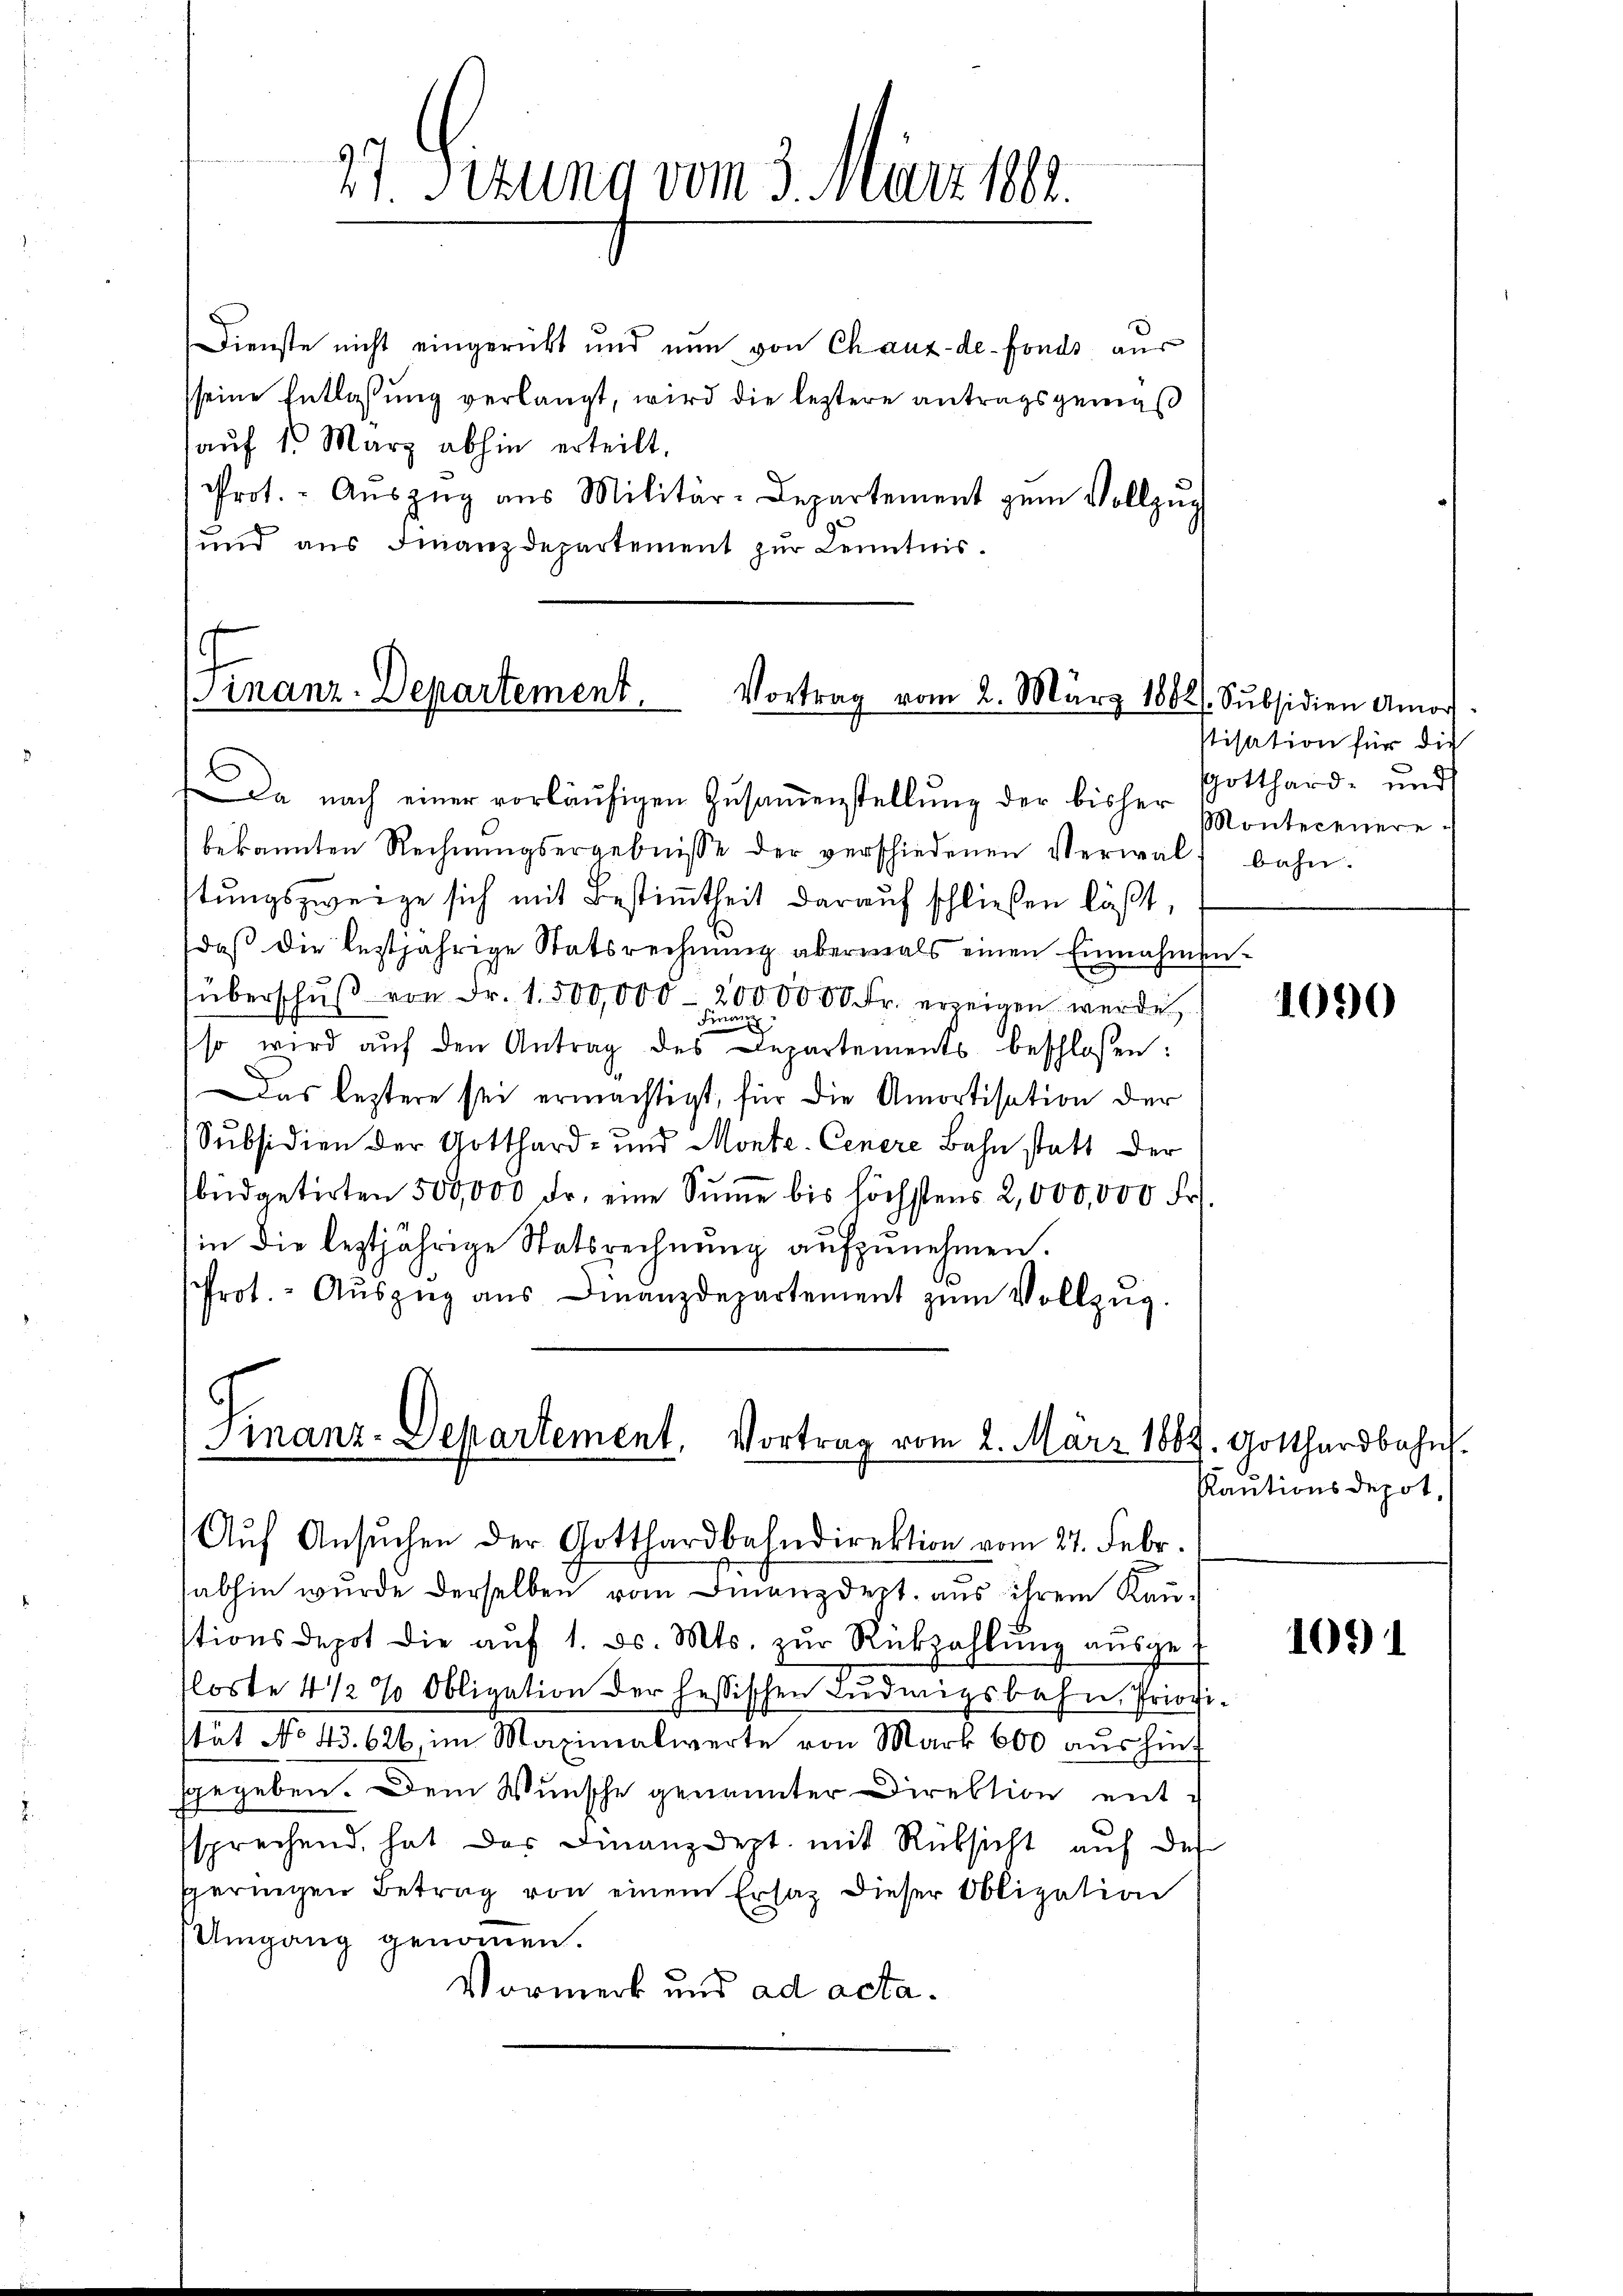
Dienste nicht eingerückt und nun von Chaux-de-Fonds aus
seine Entlaßung verlangt, wird die leztere antragsgemäß
auf 1. März abhin erteilt.
Prot. - Aŭszŭg aŭs Militär-Departement zŭm Vollzŭg
und aus Finanzdepartement zŭr Kenntnis.

37. Sitzung vom 3. März 1891.

Finanz-Departement. Vortrag vom 2. März 1882/. Subsidien Amor

Da nach einer vorläŭfigen Zŭsaṁenstellung der bisher
bekannten Rechnŭngsergebnisse der verschiedenen Verwalt bahn-
stŭngszweige sich mit Bestimmtheit darauf schließen läßt,
daß die leztjährige Statsrechnung abermals einen Einnahmenüberschŭβ von Fr. 1. 500,000, 2000000 Fr. erzeigen werde
Finanz
so wird aŭf den Antrag des Departements beschlossen:
as leztere sei ermächtigt, für die Amortisation der
Subsidien der Gotthard- und Monte-Cenere Bahn statt der
büdgetirten 500,000 Fr. eine Summe bis höchstens 2,000,000 Fr.
in die leztjährige Statsrechnung aufzunehmen.
Prot. - Auszug aus Finanzdepartement zum Vollzug.

Finanz-Departement, Vortrag vom 2. März 1889. Gotthardbahn

Aŭf Ansuchen der Gotthardbahndirektion vom 27. Febr.
abhin wurde derselben vom Finanzdect, aus ihrem Kaustionsdepot die aŭf 1. d. Mts. zŭr Rückzahlŭng aŭsge-
floste 4 1/2 % Obligation der hessischen Ludwigsbahn Priofistät No 43. 626 im Maximalwerte von Mark 600 aŭshint
sgegeben. Dem Wunsche genannter Direktion ent-
ssprechend, hat der Finanzdept. mit Rüksicht auf des
seringen Betrag von einem Ersatz dieser Obligation
Umgang genommen.
Vormerk und ad acta.

stisation für die
Gotthard- und
Montecenere

1090

Rautionsdepot,

103) 1